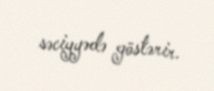
səciyyədə göstərir.